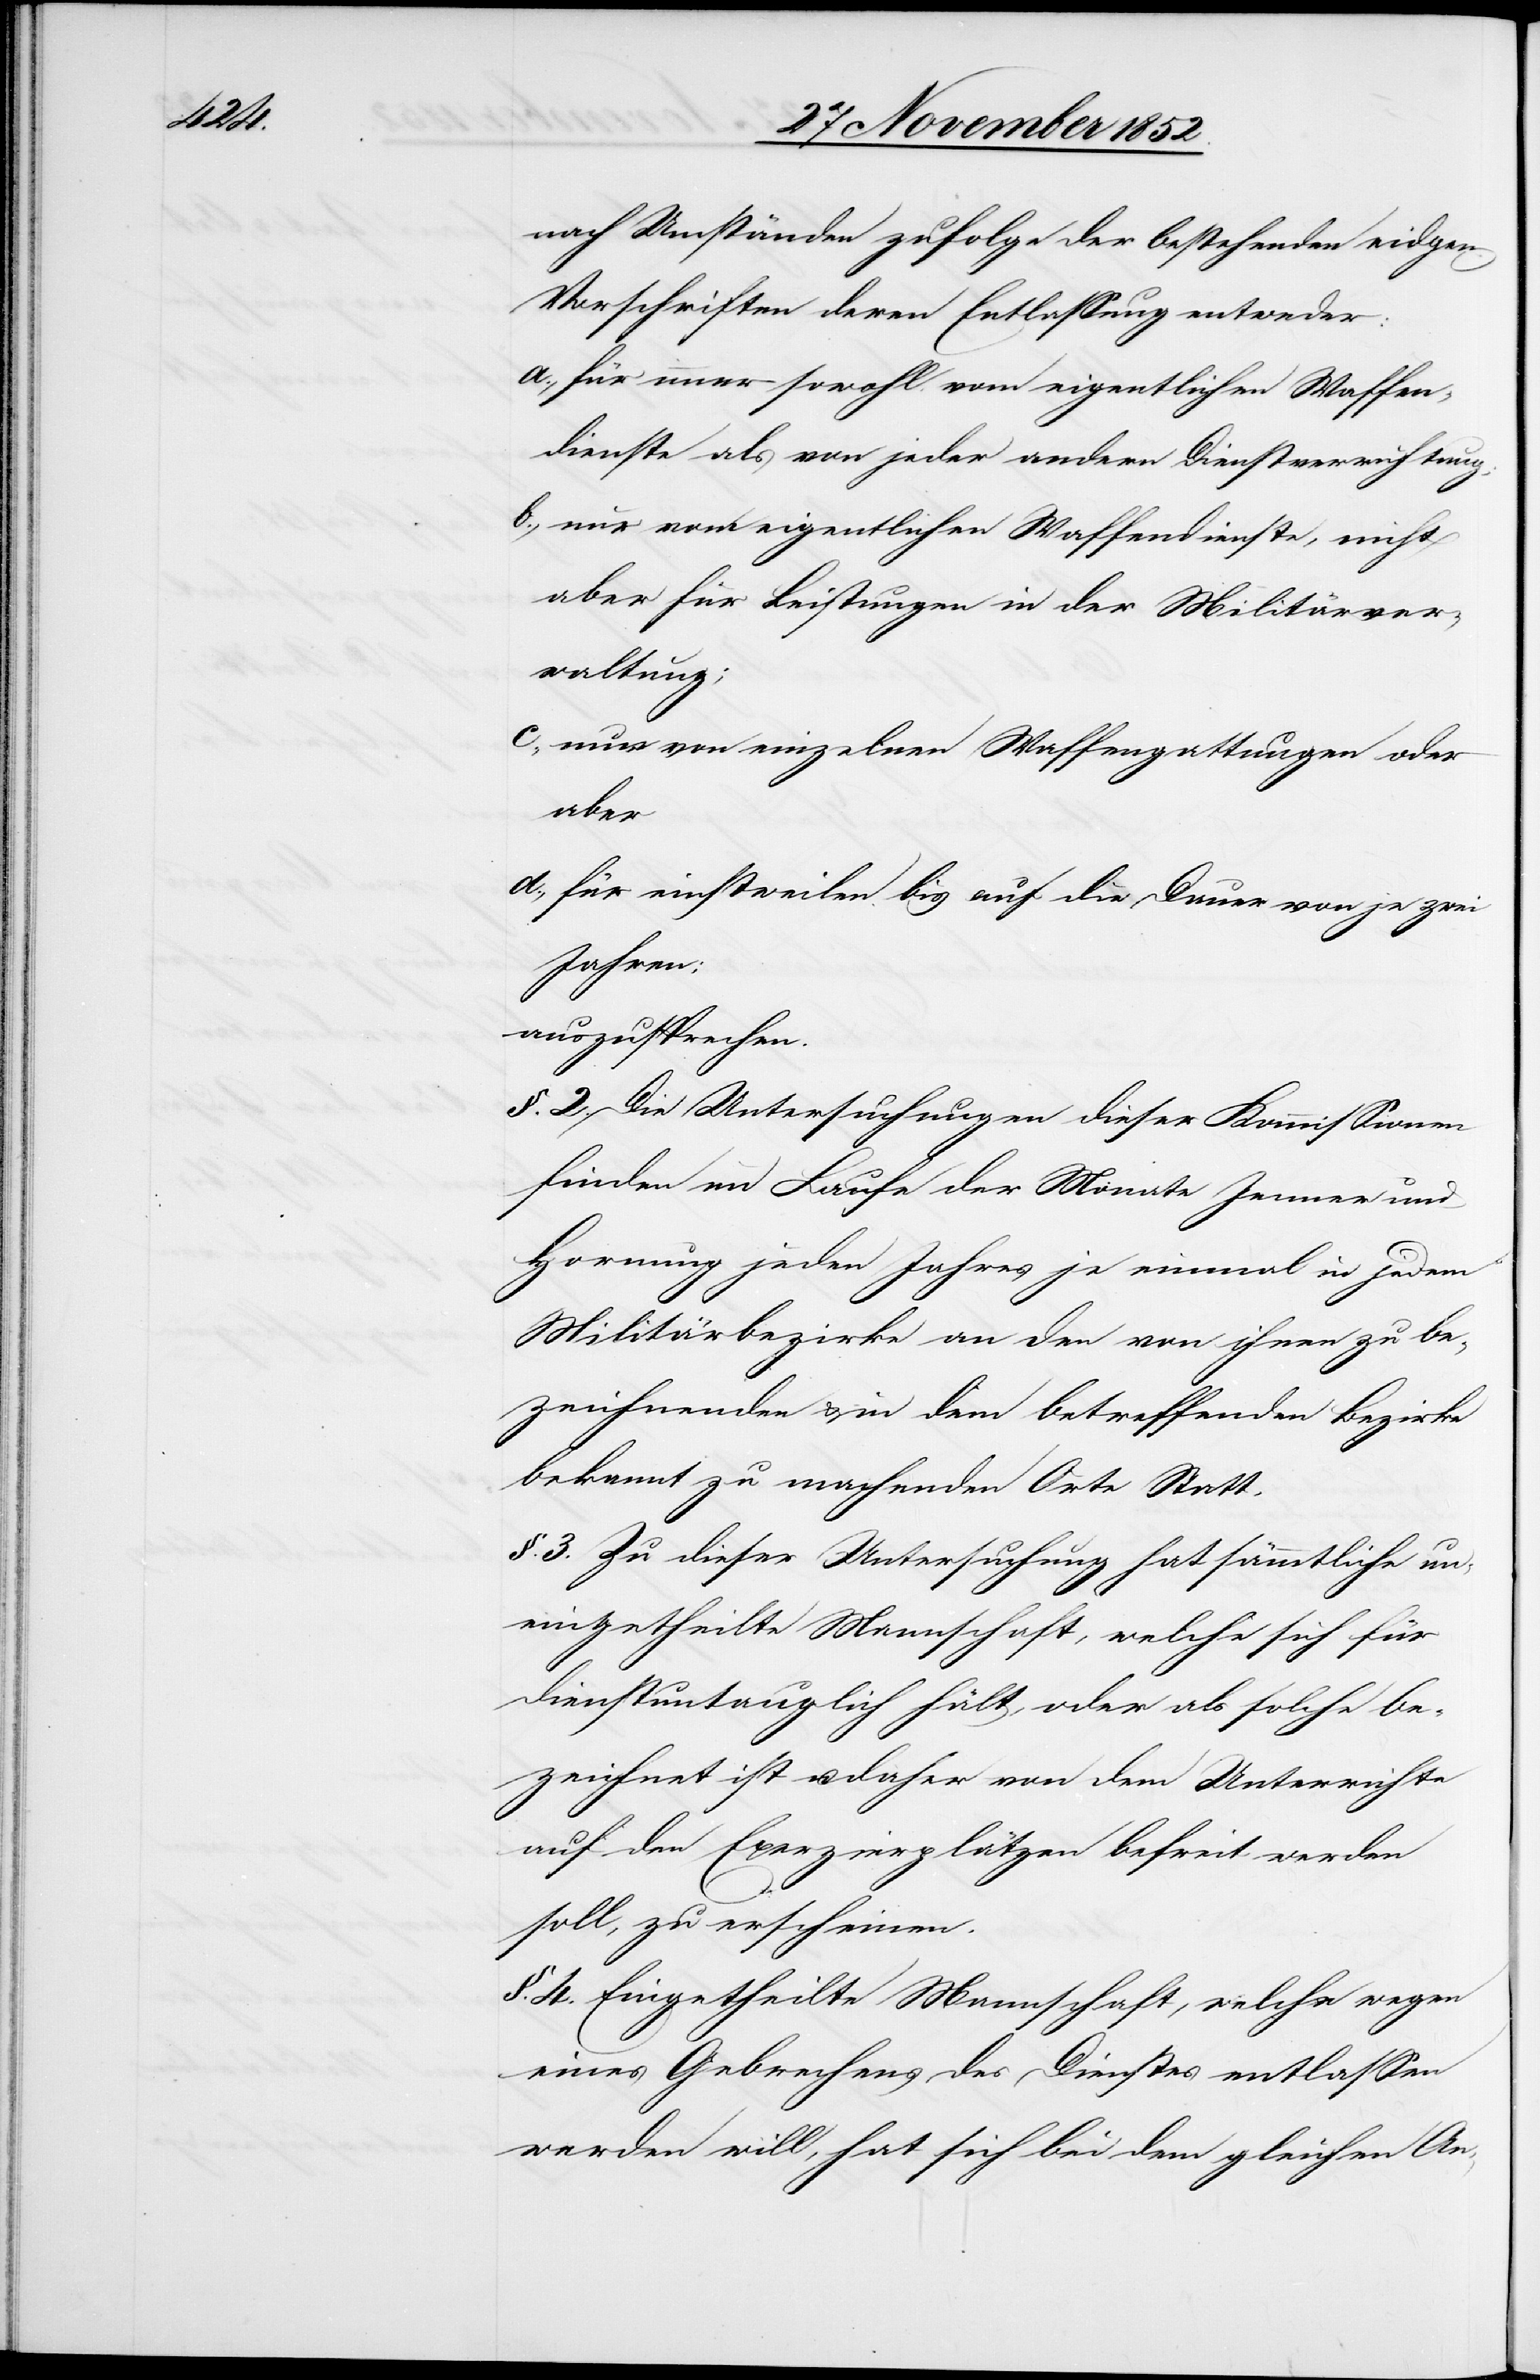
nach Umständen zufolge der bestehenden eidgen.
Vorschriften deren Entlassung entweder:
für immer sowohl vom eigentlichen Waffen¬
dienste als von jeder andern Dienstverrichtung;
nur vom eigentlichen Waffendienste, nicht
aber für Leistungen in der Militärver¬
waltung;
nur von einzelnen Waffengattungen oder
aber
für einstweilen bis auf die Dauer von je zwei
Jahren;
auszusprechen.
§. 2. Die Untersuchungen dieser Kommissionen
finden im Laufe der Monate Jenner und
Hornung jeden Jahres je einmal in jedem
Militärbezirke an den von ihnen zu be¬
zeichnenden & in dem betreffenden Bezirke
bekannt zu machenden Orte Statt.
§. 3. Zu dieser Untersuchung hat sämmtliche un¬
eingetheilte Mannschaft, welche sich für
dienstuntauglich hält, oder als solche be¬
zeichnet ist u. daher von dem Unterrichte
auf den Exerzierplätzen befreit werden
soll, zu erscheinen.
§. 4. Eingetheilte Mannschaft, welche wegen
eines Gebrechens des Dienstes entlassen
werden will, hat sich bei dem gleichen An-